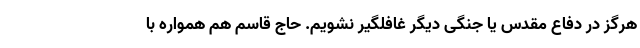
هرگز در دفاع مقدس یا جنگی دیگر غافلگیر نشویم. حاج قاسم هم همواره با